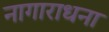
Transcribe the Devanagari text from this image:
नागाराधना